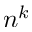
n ^ { k }